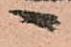
ヘ